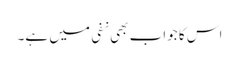
اس کا جواب بھی نفی میں ہے۔